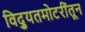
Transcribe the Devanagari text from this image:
विद्युतमोटरींतून